Lunatic asylums Central Provinces reports 1886-1894 - 1886-1894
Year: 1886
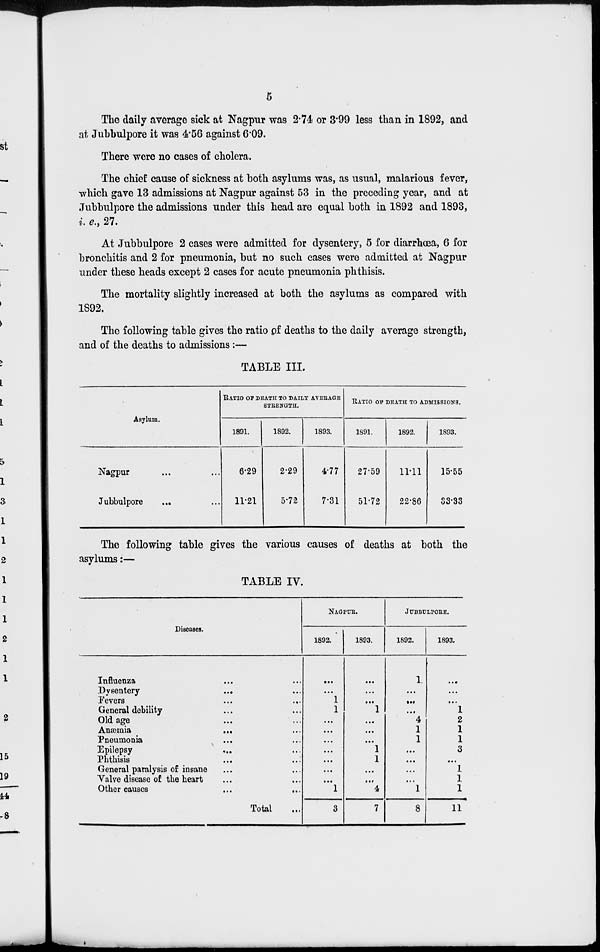
5
The daily average sick at Nagpur was 2.74 or 3.99 less than in 1892, and
at Jubbulpore it was 4.56 against 6.09.
There were no cases of cholera.
The chief cause of sickness at both asylums was, as usual, malarious fever,
which gave 13 admissions at Nagpur against 53 in the preceding year, and at
Jubbulpore the admissions under this head are equal both in 1892 and 1893,
i. e., 27.
At Jubbulpore 2 cases were admitted for dysentery, 5 for diarrhœa, 6 for
bronchitis and 2 for pneumonia, but no such cases were admitted at Nagpur
under these heads except 2 cases for acute pneumonia phthisis.
The mortality slightly increased at both the asylums as compared with
1892.
The following table gives the ratio of deaths to the daily average strength,
and of the deaths to admissions:—
TABLE III.
Asylum.
Nagpur ...
Jubbulpore ...
RATIO OF DAILY AVERAGE
STRENGTH.
1891.
6.29
11.21
1892.
2.29
5.72
1893.
4.77
7.31
RATIO OF DEATH TO ADMISSIONS.
1891.
27.59
51.72
1892.
11.11
22.86
1893.
15.55
33.33
The following table gives the various causes of deaths at both the
asylums:—
TABLE IV.
Diseases.
Influenza ... ...
Dysentery
...
...
Fevers ... ...
General debility ... ...
Old age ... ...
Anæmia ... ...
Pneumonia ... ...
Epilepsy ... ...
Phthisis ... ...
General paralysis of insane ... ...
Valve disease of the heart ... ...
Other causes
...
...
Total ...
NAGPUR.
1892.
...
...
1
1
...
...
...
...
...
...
...
1
3
1893.
...
...
...
1
...
...
...
1
1
...
...
4
7
JUBBULPORE.
1892.
1
...
...
...
4
1
1
...
...
...
...
1
8
1893.
...
...
...
1
2
1
1
3
...
1
1
1
11